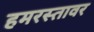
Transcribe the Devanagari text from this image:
हमरस्तावर